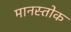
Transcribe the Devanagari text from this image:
मानस्तोक